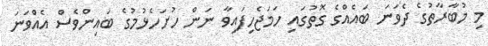
މި މުބާރާތުގެ ދެވަނަ ބައެއްގެ ގޮތުގައި ހަމަޖެހިފައިވާ ނަން ހުށަހެޅުމުގެ ބައިންވެސް އެއްވަނަ